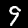
Label: 9